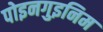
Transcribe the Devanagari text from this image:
पोइनगुइनिम